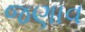
જણાવ